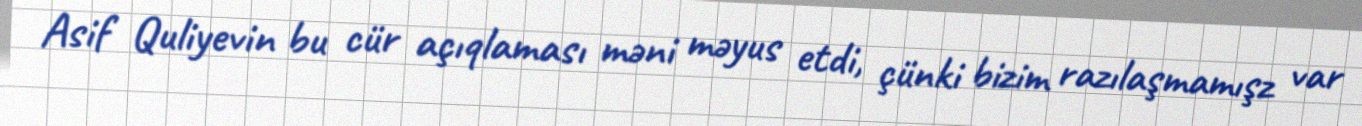
Asif Quliyevin bu cür açıqlaması məni məyus etdi, çünki bizim razılaşmamışz var